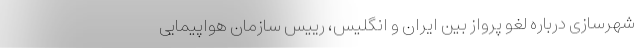
شهرسازی درباره لغو پرواز بین ایران و انگلیس، رییس سازمان هواپیمایی